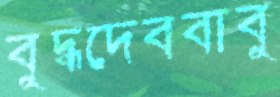
বুদ্ধদেববাবু